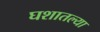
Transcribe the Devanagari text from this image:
घशातल्या